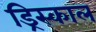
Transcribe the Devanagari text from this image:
ड्रिस्काल